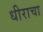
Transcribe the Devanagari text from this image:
धीराचा